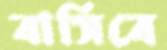
বাসিবে